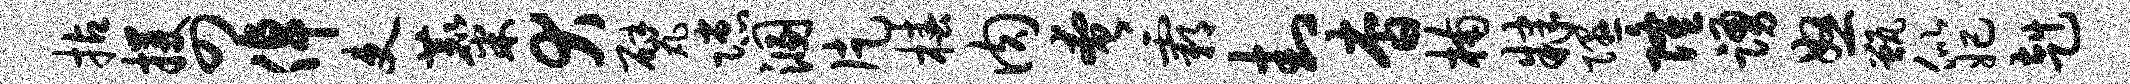
拈攫四倬吏麋犬甓隙溷片椿肉奄霸封杳楠肄隰隆踊怒甑似妃赳